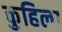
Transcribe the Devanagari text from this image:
कुहिला